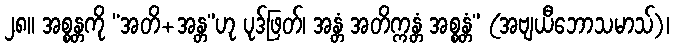
၂၈။ အစ္စန္တကို “အတိ+အန္တ”ဟု ပုဒ်ဖြတ်၊ အန္တံ အတိက္ကန္တံ အစ္စန္တံ” (အဗျယီဘောသမာသ်)၊